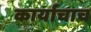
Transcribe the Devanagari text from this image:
कार्याचाच